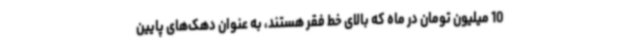
10 میلیون تومان در ماه که بالای خط فقر هستند، به عنوان دهک‌های پایین